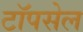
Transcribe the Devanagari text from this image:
टॉपसेल